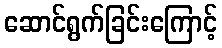
ဆောင်ရွက်ခြင်းကြောင့်